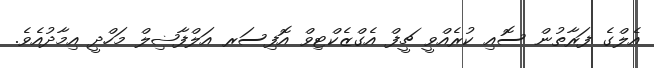
އެލްގެ ފަރާތުން ސޮއި ކުރެއްވީ ޗީފް އެގްޒެކްޓިވް އޮފިސަރ އަލްފާޟިލް މަހްދީ އިމާދުއެވެ.